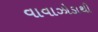
વાવાઝોડાથી